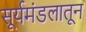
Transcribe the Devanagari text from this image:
सूर्यमंडलातून